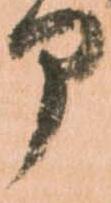
部